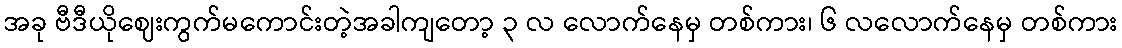
အခု ဗီဒီယိုဈေးကွက်မကောင်းတဲ့အခါကျတော့ ၃ လ လောက်နေမှ တစ်ကား၊ ၆ လလောက်နေမှ တစ်ကား